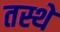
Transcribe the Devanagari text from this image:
तस्थे